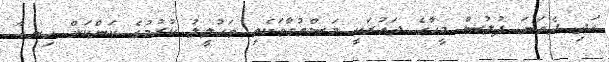
އަދި ދެވަނަ ފުލުސް މީހާގެ ދައުރަކީ މަސްތުވާތަކެތި ތަހުލީލު ކުރުމުގެ ކަންކަން ހިނގާ